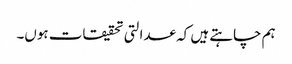
ہم چاہتے ہیں کہ عدالتی تحقیقات ہوں۔